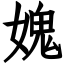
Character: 媿